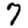
Digit: 7